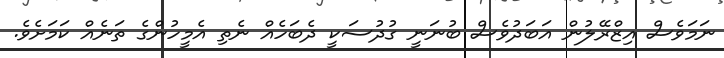
ނަމަވެސް އިޒްރޭލުން އަބަދުވެސް ބުނަނީ ގުދުސަކީ ދެބަހެއް ނެތި އެމީހުންގެ ތަނެއް ކަމަށެވެ.